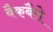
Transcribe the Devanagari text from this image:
बैकबैरो